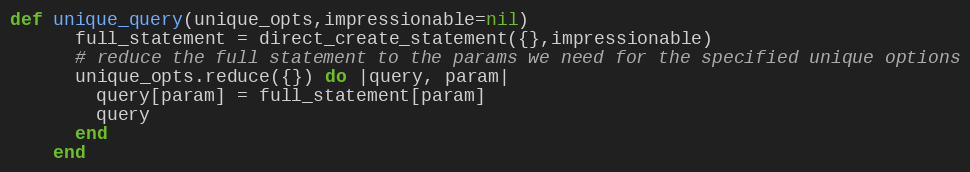
Language: Ruby
def unique_query(unique_opts,impressionable=nil)
      full_statement = direct_create_statement({},impressionable)
      # reduce the full statement to the params we need for the specified unique options
      unique_opts.reduce({}) do |query, param|
        query[param] = full_statement[param]
        query
      end
    end